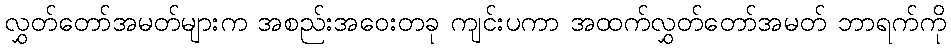
လွှတ်တော်အမတ်များက အစည်းအဝေးတခု ကျင်းပကာ အထက်လွှတ်တော်အမတ် ဘာရက်ကို